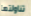
تناولتها